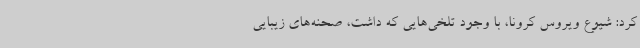
کرد: شیوع ویروس کرونا، با وجود تلخی‌هایی که داشت، صحنه‌های زیبایی